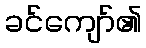
ခင်ကျော်၏